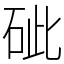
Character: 䂣